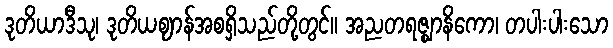
ဒုတိယာဒီသု၊ ဒုတိယဈာန်အစရှိသည်တို့တွင်။ အညတရဇ္ဈာနိကော၊ တပါးပါးသော